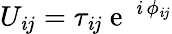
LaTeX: U_{\mathit{i}j}=\tau_{\mathit{i}j}\mathrm{{~e~}}^{\mathrm{{~\mathit{i}~}}\phi_{\mathit{i}j}}